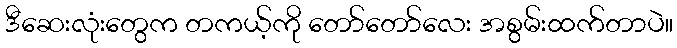
ဒီဆေးလုံးတွေက တကယ့်ကို တော်တော်လေး အစွမ်းထက်တာပဲ။